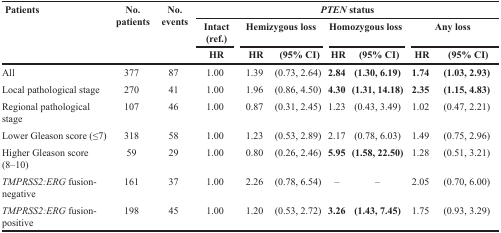
<table><thead><tr><td rowspan="3"><b>Patients</b></td><td rowspan="3"><b>No. patients</b></td><td rowspan="3"><b>No. events</b></td><td colspan="7"><b><i>PTEN</i> status</b></td></tr><tr><td><b>Intact (ref.)</b></td><td colspan="2"><b>Hemizygous loss</b></td><td colspan="2"><b>Homozygous loss</b></td><td colspan="2"><b>Any loss</b></td></tr><tr><td><b>HR</b></td><td><b>HR</b></td><td><b>(95% CI)</b></td><td><b>HR</b></td><td><b>(95% CI)</b></td><td><b>HR</b></td><td><b>(95% CI)</b></td></tr></thead><tbody><tr><td>All</td><td>377</td><td>87</td><td>1.00</td><td>1.39</td><td>(0.73, 2.64)</td><td><b>2.84</b></td><td><b>(1.30, 6.19)</b></td><td><b>1.74</b></td><td><b>(1.03, 2.93)</b></td></tr><tr><td>Local pathological stage</td><td>270</td><td>41</td><td>1.00</td><td>1.96</td><td>(0.86, 4.50)</td><td><b>4.30</b></td><td><b>(1.31, 14.18)</b></td><td><b>2.35</b></td><td><b>(1.15, 4.83)</b></td></tr><tr><td>Regional pathological stage</td><td>107</td><td>46</td><td>1.00</td><td>0.87</td><td>(0.31, 2.45)</td><td>1.23</td><td>(0.43, 3.49)</td><td>1.02</td><td>(0.47, 2.21)</td></tr><tr><td>Lower Gleason score (≤7)</td><td>318</td><td>58</td><td>1.00</td><td>1.23</td><td>(0.53, 2.89)</td><td>2.17</td><td>(0.78, 6.03)</td><td>1.49</td><td>(0.75, 2.96)</td></tr><tr><td>Higher Gleason score (8–10)</td><td>59</td><td>29</td><td>1.00</td><td>0.80</td><td>(0.26, 2.46)</td><td><b>5.95</b></td><td><b>(1.58, 22.50)</b></td><td>1.28</td><td>(0.51, 3.21)</td></tr><tr><td><i>TMPRSS2:ERG</i> fusion-negative</td><td>161</td><td>37</td><td>1.00</td><td>2.26</td><td>(0.78, 6.54)</td><td>–</td><td>–</td><td>2.05</td><td>(0.70, 6.00)</td></tr><tr><td><i>TMPRSS2:ERG</i> fusion-positive</td><td>198</td><td>45</td><td>1.00</td><td>1.20</td><td>(0.53, 2.72)</td><td><b>3.26</b></td><td><b>(1.43, 7.45)</b></td><td>1.75</td><td>(0.93, 3.29)</td></tr></tbody></table>